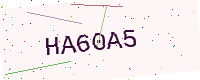
Text: HA60A5